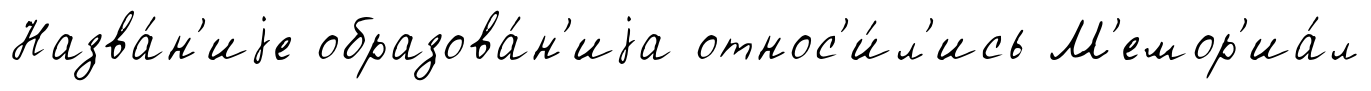
Назва́н'иjе образова́н'иjа относ'и́л'ись М'емор'иа́л